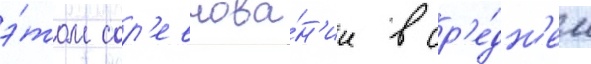
э́том сор'евнова́н'ии в ср'е́дн'ем